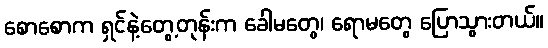
စောစောက ရှင်နဲ့တွေ့တုန်းက ခေါမတွေ၊ ရောမတွေ ပြောသွားတယ်။